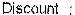
DISCOUNT :